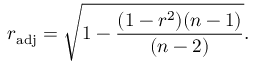
r _ { \mathrm { a d j } } = { \sqrt { 1 - { \frac { ( 1 - r ^ { 2 } ) ( n - 1 ) } { ( n - 2 ) } } } } .